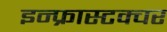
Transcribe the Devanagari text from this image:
इन्फ्रास्टक्चर